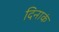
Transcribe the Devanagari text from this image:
दिनाकं